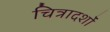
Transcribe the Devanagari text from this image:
चित्रादर्शों